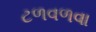
ટળવળવા